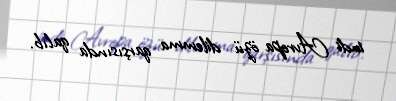
indi Avropa özü dilemma qarşısında qalıb.